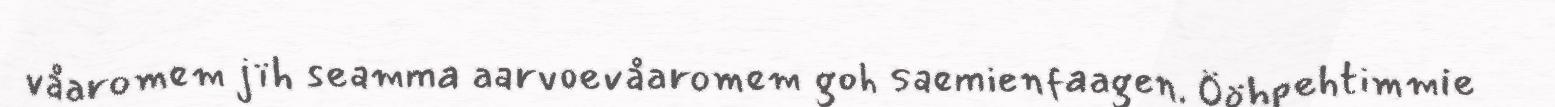
våaromem jïh seamma aarvoevåaromem goh saemienfaagen. Ööhpehtimmie